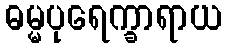
ဓမ္မပုရေက္ခာရာယ